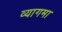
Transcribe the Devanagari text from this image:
व्यागमा